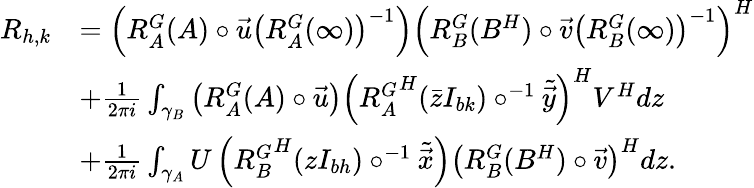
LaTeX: \begin{array}{rl}{R_{h,k}}&{=\left(R_{A}^{G}(A)\circ\vec{u}\left(R_{A}^{G}(\infty)\right)^{-1}\right)\left(R_{B}^{G}(B^{H})\circ\vec{v}\left(R_{B}^{G}(\infty)\right)^{-1}\right)^{H}}\\ &{+\frac{1}{2\pi i}\int_{\gamma_{B}}\left(R_{A}^{G}(A)\circ\vec{u}\right)\left({R_{A}^{G}}^{H}(\bar{z}I_{bk})\circ^{-1}\tilde{\vec{y}}\right)^{H}V^{H}dz}\\ &{+\frac{1}{2\pi i}\int_{\gamma_{A}}U\left({R_{B}^{G}}^{H}(zI_{bh})\circ^{-1}\tilde{\vec{x}}\right)\left(R_{B}^{G}(B^{H})\circ\vec{v}\right)^{H}dz.}\end{array}